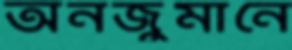
অনজুমানে